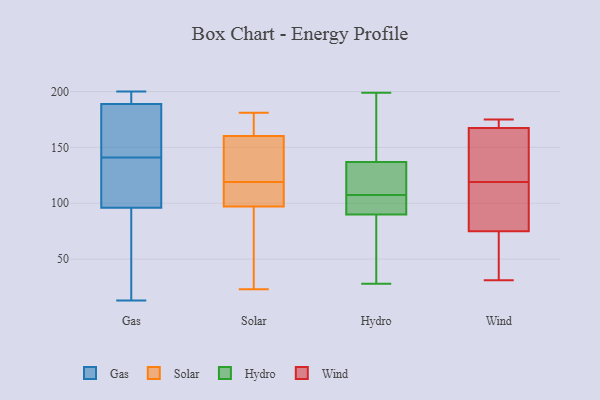
{"axis": {"x": "Customer Acquisition Cost (USD)", "y": "Value"}, "legend": ["Gas", "Hydro", "Solar", "Wind"], "data": [{"x": "", "y": 175, "type": "Gas"}, {"x": "", "y": 134, "type": "Gas"}, {"x": "", "y": 200, "type": "Gas"}, {"x": "", "y": 180, "type": "Gas"}, {"x": "", "y": 115, "type": "Gas"}, {"x": "", "y": 195, "type": "Gas"}, {"x": "", "y": 96, "type": "Gas"}, {"x": "", "y": 100, "type": "Gas"}, {"x": "", "y": 191, "type": "Gas"}, {"x": "", "y": 13, "type": "Gas"}, {"x": "", "y": 189, "type": "Gas"}, {"x": "", "y": 19, "type": "Gas"}, {"x": "", "y": 64, "type": "Gas"}, {"x": "", "y": 148, "type": "Gas"}, {"x": "", "y": 119, "type": "Solar"}, {"x": "", "y": 147, "type": "Solar"}, {"x": "", "y": 174, "type": "Solar"}, {"x": "", "y": 115, "type": "Solar"}, {"x": "", "y": 97, "type": "Solar"}, {"x": "", "y": 152, "type": "Solar"}, {"x": "", "y": 76, "type": "Solar"}, {"x": "", "y": 181, "type": "Solar"}, {"x": "", "y": 23, "type": "Solar"}, {"x": "", "y": 163, "type": "Solar"}, {"x": "", "y": 97, "type": "Solar"}, {"x": "", "y": 100, "type": "Hydro"}, {"x": "", "y": 123, "type": "Hydro"}, {"x": "", "y": 46, "type": "Hydro"}, {"x": "", "y": 105, "type": "Hydro"}, {"x": "", "y": 99, "type": "Hydro"}, {"x": "", "y": 122, "type": "Hydro"}, {"x": "", "y": 90, "type": "Hydro"}, {"x": "", "y": 136, "type": "Hydro"}, {"x": "", "y": 76, "type": "Hydro"}, {"x": "", "y": 137, "type": "Hydro"}, {"x": "", "y": 139, "type": "Hydro"}, {"x": "", "y": 199, "type": "Hydro"}, {"x": "", "y": 110, "type": "Hydro"}, {"x": "", "y": 30, "type": "Hydro"}, {"x": "", "y": 196, "type": "Hydro"}, {"x": "", "y": 190, "type": "Hydro"}, {"x": "", "y": 28, "type": "Hydro"}, {"x": "", "y": 96, "type": "Hydro"}, {"x": "", "y": 117, "type": "Wind"}, {"x": "", "y": 119, "type": "Wind"}, {"x": "", "y": 113, "type": "Wind"}, {"x": "", "y": 139, "type": "Wind"}, {"x": "", "y": 68, "type": "Wind"}, {"x": "", "y": 166, "type": "Wind"}, {"x": "", "y": 87, "type": "Wind"}, {"x": "", "y": 168, "type": "Wind"}, {"x": "", "y": 169, "type": "Wind"}, {"x": "", "y": 175, "type": "Wind"}, {"x": "", "y": 174, "type": "Wind"}, {"x": "", "y": 138, "type": "Wind"}, {"x": "", "y": 71, "type": "Wind"}, {"x": "", "y": 31, "type": "Wind"}, {"x": "", "y": 43, "type": "Wind"}]}